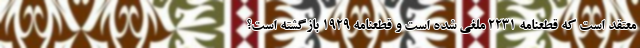
معتقد است که قطعنامه 2231 ملغی شده است و قطعنامه 1929 بازگشته است؟